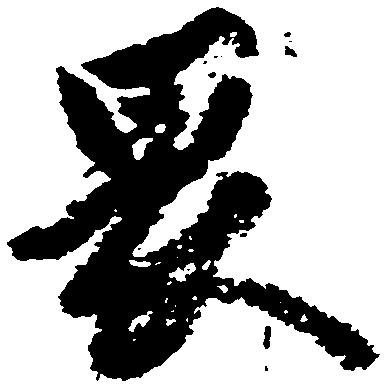
畏